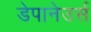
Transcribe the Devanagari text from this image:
डेपानेउर्स